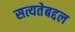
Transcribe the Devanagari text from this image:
सत्यतेबद्दल